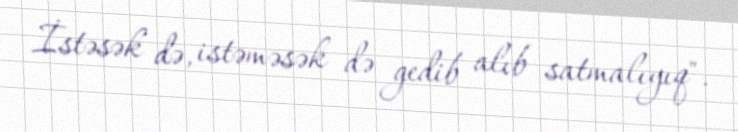
İstəsək də, istəməsək də gedib alıb satmalıyıq".